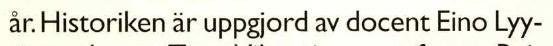
år. Historiken är uppgjord av docent Eino Lyy-